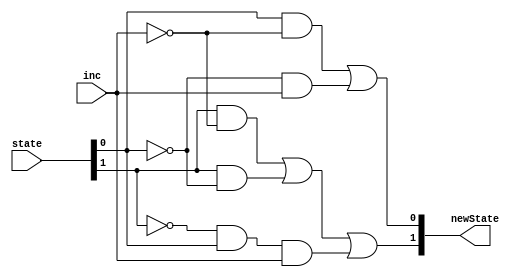
module statoUscita(
    output [1:0]newState,
    input     [1:0]state,
    input            inc);

    assign newState[0] =  state[0] &      ~inc | ~state[0] & inc;
    assign newState[1]=   state[1] &      ~inc | 
                          state[1] & ~state[0] | 
                         ~state[1] &  state[0] & inc;

endmodule